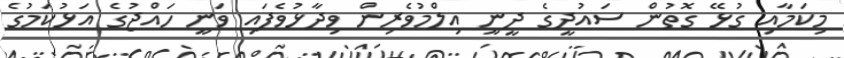
މިކަމާއި ގުޅޭ ގޮތުން ސައުދީގެ ދީނީ އިލްމުވެރިން ވިދާޅުވެފައި ވަނީ ހައްޖުގެ އަޅުކަމުގެ